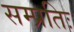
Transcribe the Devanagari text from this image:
सम्प्रतिः